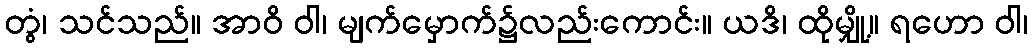
တွံ၊ သင်သည်။ အာဝိ ဝါ၊ မျက်မှောက်၌လည်းကောင်း။ ယဒိ၊ ထိုမျှို့။ ရဟော ဝါ၊